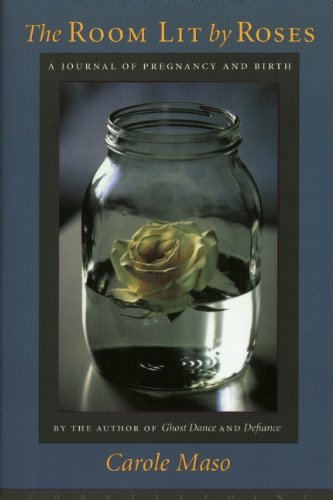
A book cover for The Room Lit by Roses: A Journal of Pregnancy and Birth; Carole Maso; Gay & Lesbian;